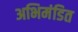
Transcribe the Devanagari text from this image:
अभिमंडित